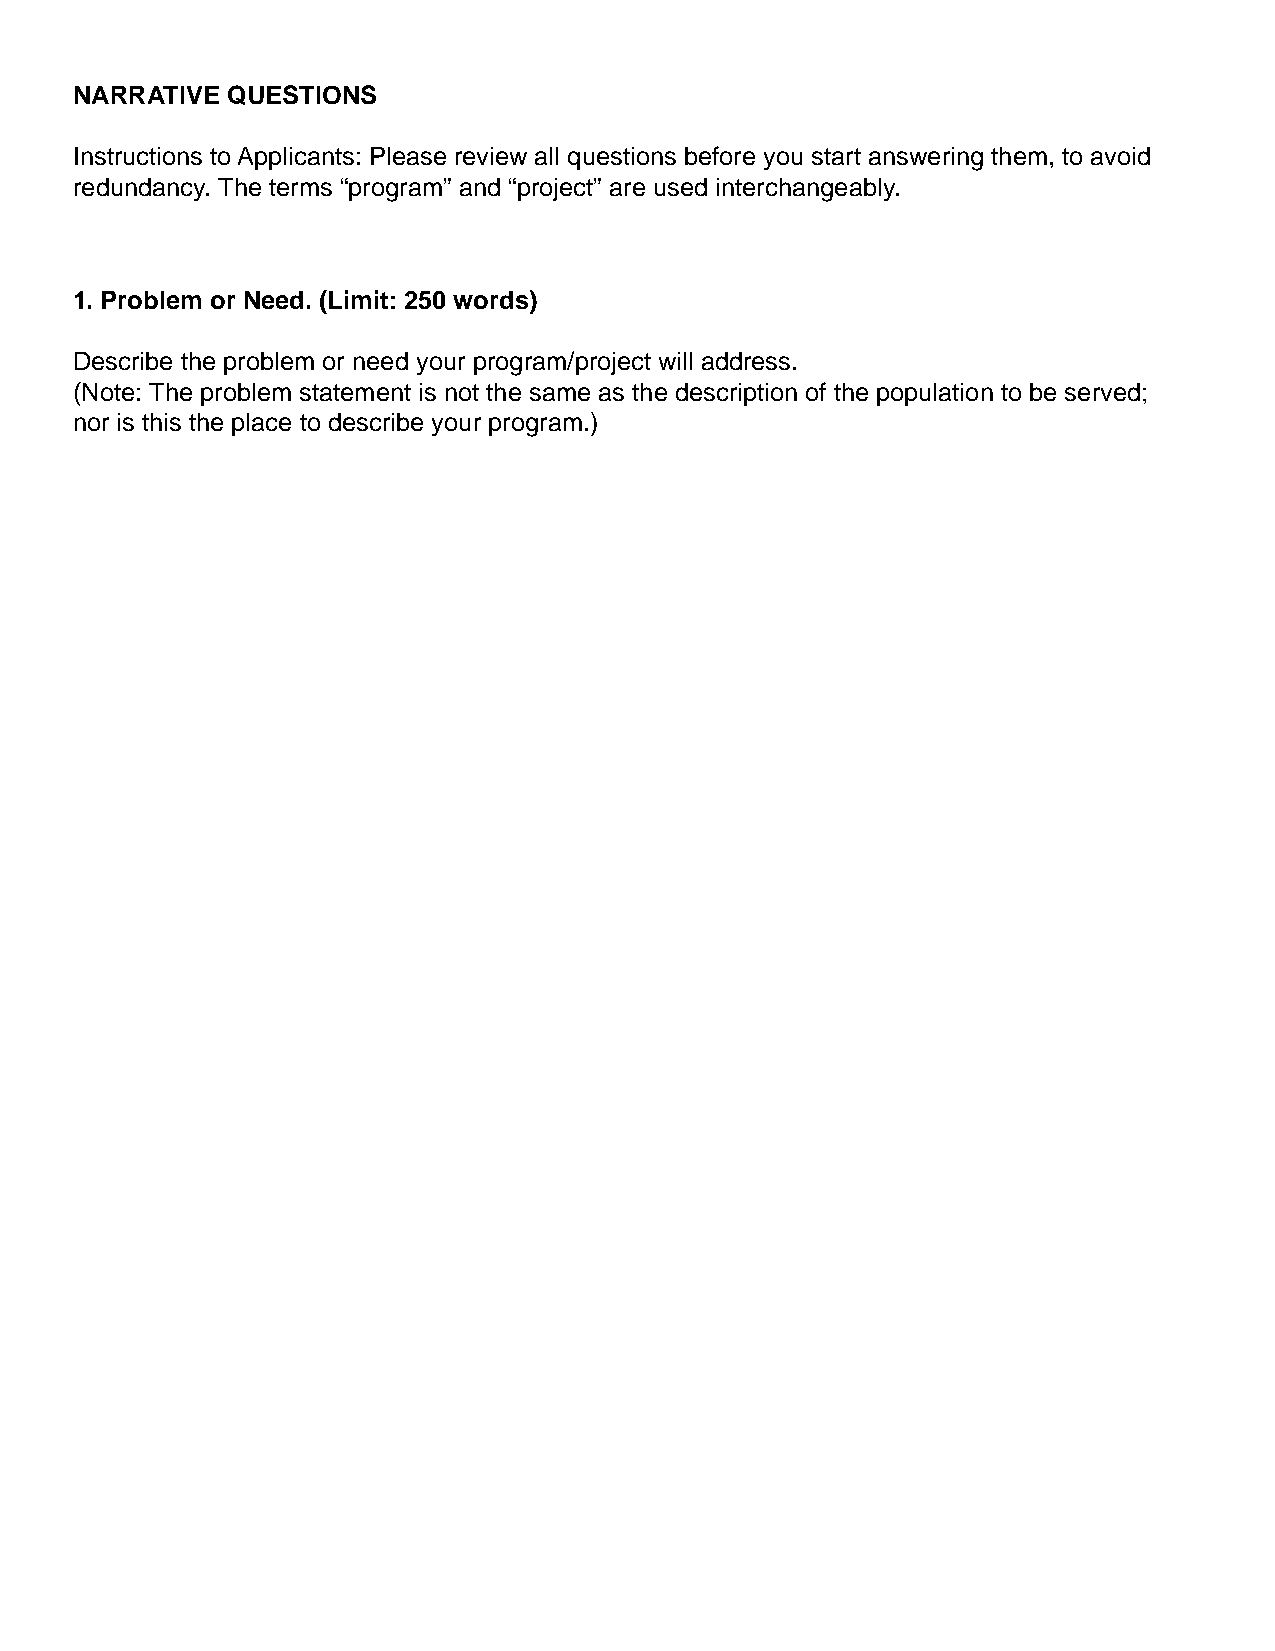
NARRATIVE QUESTIONS
 Instructions to Applicants: Please review all questions before you start answering them, to avoid
 redundancy. The terms “program” and “project” are used interchangeably.
 1. Problem or Need. (Limit: 250 words)
 Describe the problem or need your program/project will address.
 (Note: The problem statement is not the same as the description of the population to be served;
 nor is this the place to describe your program.)